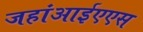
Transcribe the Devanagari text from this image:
जहांआईएएस